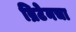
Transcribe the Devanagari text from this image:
ब्रिटेनचा